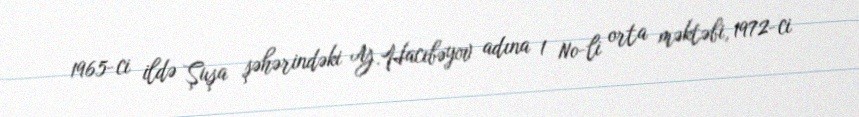
1965-ci ildə Şuşa şəhərindəki Y.Hacıbəyov adına 1 №-li orta məktəbi, 1972-ci